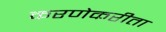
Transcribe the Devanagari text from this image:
करणेकरीता